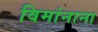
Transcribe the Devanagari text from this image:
विमांनाना